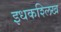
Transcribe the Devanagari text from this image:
इधकश्लिख